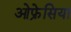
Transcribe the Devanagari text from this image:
ओफ्रेसिया